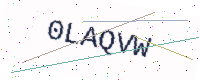
Text: 0LAQVW